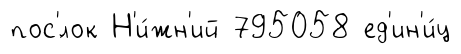
пос'́лок Н'и́жн'ий 795058 ед'ин'и́ц